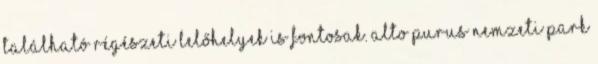
található régészeti lelőhelyek is fontosak. Alto Purus Nemzeti Park